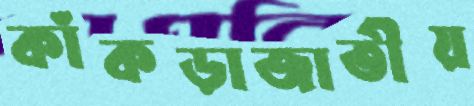
কাঁকড়াজাতীয়